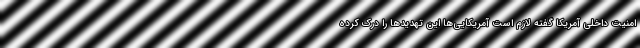
امنیت داخلی آمریکا گفته لازم است آمریکایی‌ها این تهدیدها را درک کرده